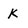
Character: K